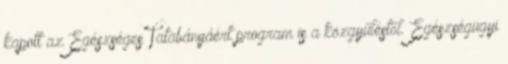
kapott az Egészséges Tatabányáért program is a közgyűléstől. Egészségügyi